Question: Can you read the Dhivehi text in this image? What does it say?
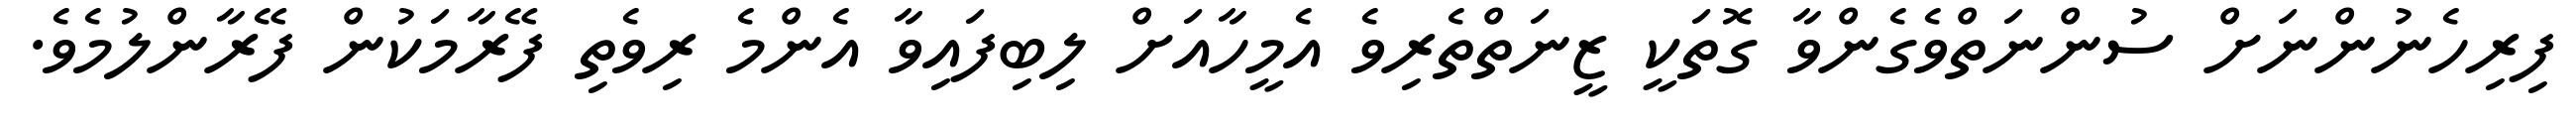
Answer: ފިރިހެނުންނަށް ސުންނަތްވެގެންވާ ގޮތަކީ ޒީނަތްތެރިވެ އެމީހާއަށް ލިބިފައިވާ އެންމެ ރިވެތި ފޭރާމަކުން ފޭރާންލުމެވެ.